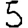
Digit: 5